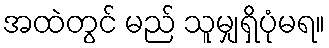
အထဲတွင် မည် သူမျှရှိပုံမရ။